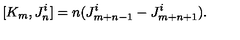
[ K _ { m } , J _ { n } ^ { i } ] = n ( J _ { m + n - 1 } ^ { i } - J _ { m + n + 1 } ^ { i } ) .